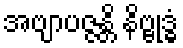
အဗျာပဇ္ဇန္တိ နိဗ္ဗုဒ္ဓံ